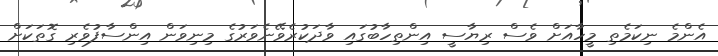
އެންމެ ނިކަމެތި މީހާއަށް ވެސް ރިޔާސީ އިންތިހާބުގައި ވާދަކުރެވޭނެވަރުގެ މިނިވަން އިންސާފުވެރި ގޮތަކަށް